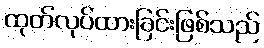
ထုတ်လုပ်ထားခြင်းဖြစ်သည်